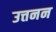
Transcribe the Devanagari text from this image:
उत्तनन